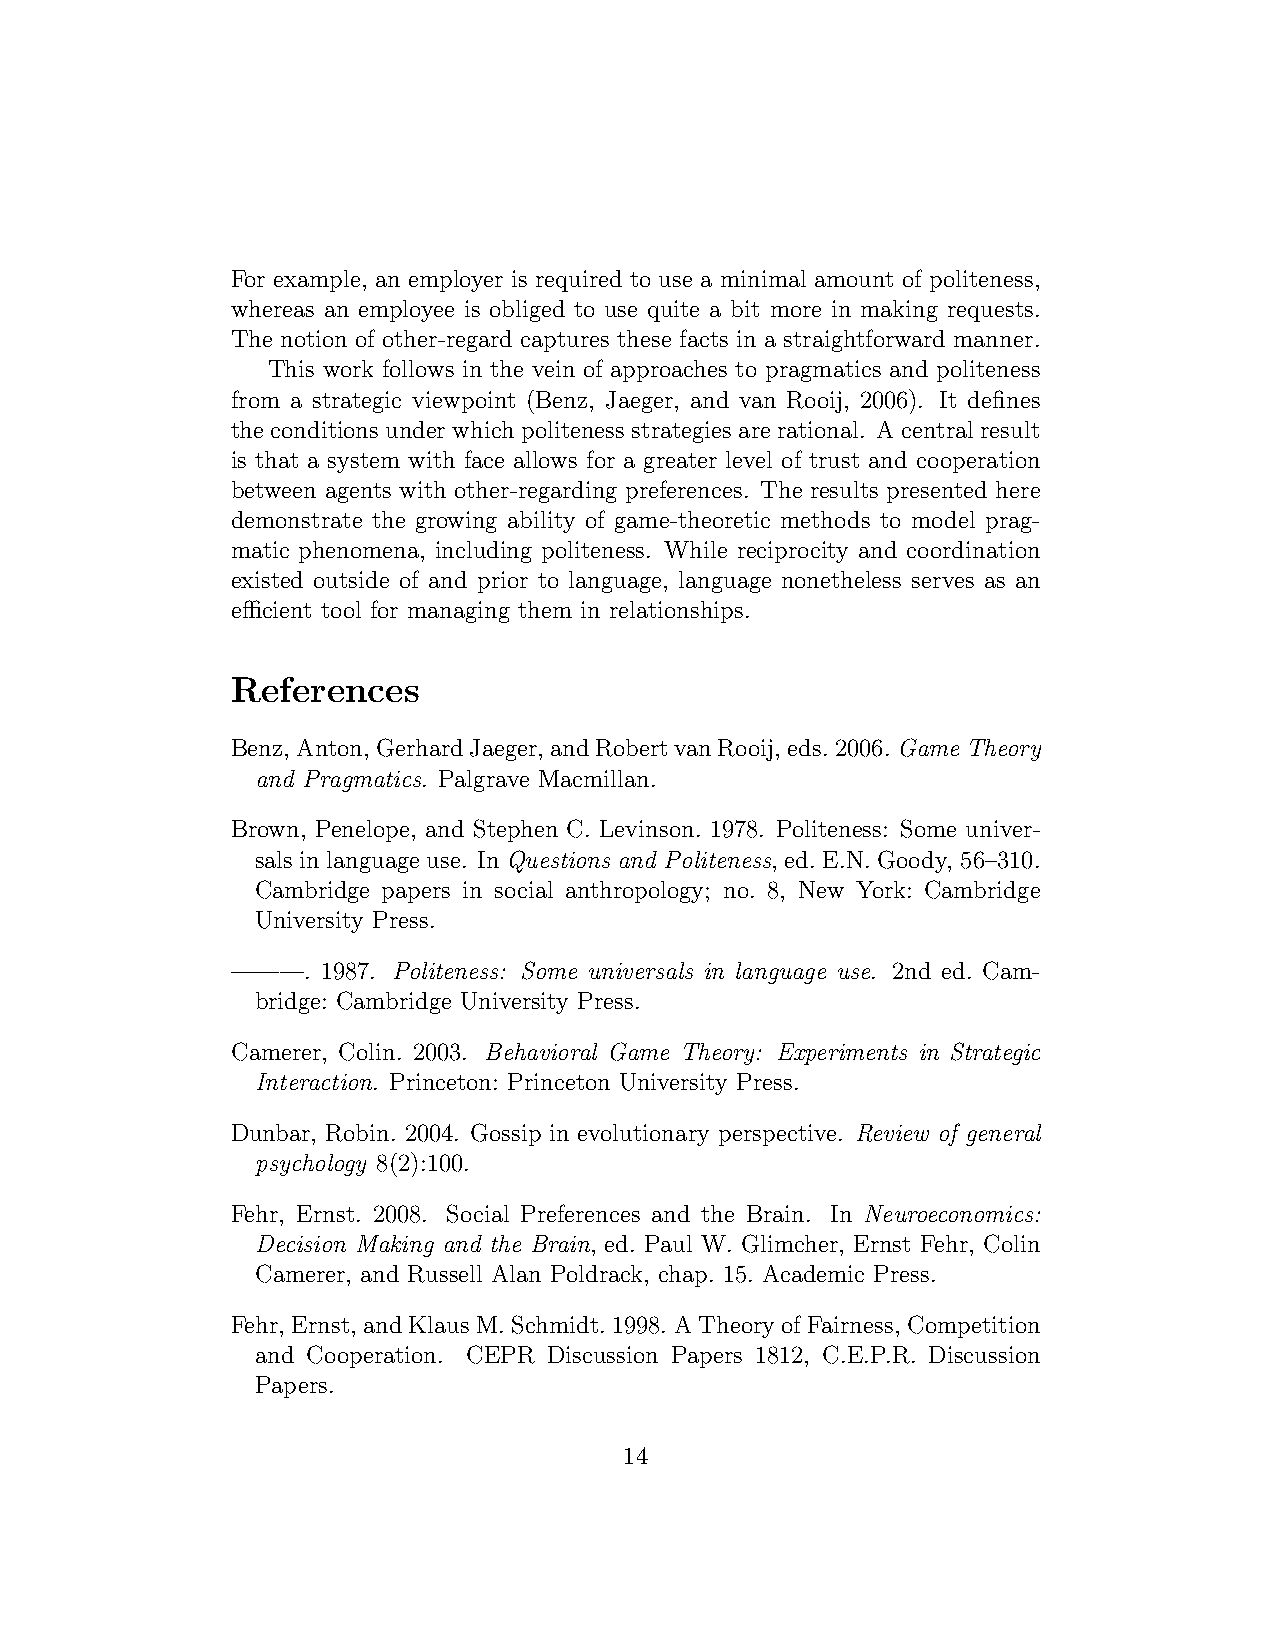
For example, an employer is required to use a minimal amount of politeness,
 whereas an employee is obliged to use quite a bit more in making requests.
 The notion of other-regard captures these facts in a straightforward manner.
 This work follows in the vein of approaches to pragmatics and politeness
 from a strategic viewpoint (Benz, Jaeger, and van Rooij, 2006). It defines
 the conditions under which politeness strategies are rational. A central result
 is that a system with face allows for a greater level of trust and cooperation
 between agents with other-regarding preferences. The results presented here
 demonstrate the growing ability of game-theoretic methods to model prag-
 matic phenomena, including politeness. While reciprocity and coordination
 existed outside of and prior to language, language nonetheless serves as an
 efficient tool for managing them in relationships.
 References
 Benz,Anton,GerhardJaeger,andRobertvanRooij,eds.2006. Game Theory
 and Pragmatics. Palgrave Macmillan.
 Brown, Penelope, and Stephen C. Levinson. 1978. Politeness: Some univer-
 sals in language use. In Questions and Politeness, ed. E.N. Goody, 56–310.
 Cambridge papers in social anthropology; no. 8, New York: Cambridge
 University Press.
 ———.  1987. Politeness: Some universals in language use. 2nd ed. Cam-
 bridge: Cambridge University Press.
 Camerer, Colin. 2003. Behavioral Game Theory: Experiments in Strategic
 Interaction. Princeton: Princeton University Press.
 Dunbar, Robin. 2004. Gossip in evolutionary perspective. Review of general
 psychology 8(2):100.
 Fehr, Ernst. 2008. Social Preferences and the Brain. In Neuroeconomics:
 Decision Making and the Brain, ed. Paul W. Glimcher, Ernst Fehr, Colin
 Camerer, and Russell Alan Poldrack, chap. 15. Academic Press.
 Fehr, Ernst, andKlausM.Schmidt.1998. ATheoryofFairness, Competition
 and Cooperation. CEPR Discussion Papers 1812, C.E.P.R. Discussion
 Papers.
 14